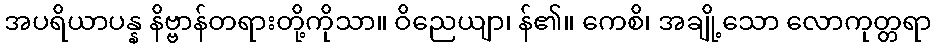
အပရိယာပန္န နိဗ္ဗာန်တရားတို့ကိုသာ။ ဝိညေယျာ၊ န်၏။ ကေစိ၊ အချို့သော လောကုတ္တရာ